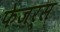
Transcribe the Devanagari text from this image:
फेजर्स